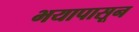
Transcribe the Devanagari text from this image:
भयापासून